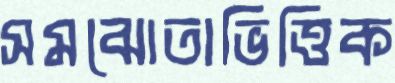
সমঝোতাভিত্তিক